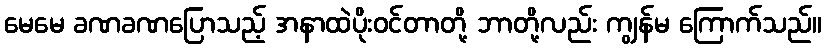
မေမေ ခဏခဏပြောသည့် အနာထဲပိုးဝင်တာတို့ ဘာတို့လည်း ကျွန်မ ကြောက်သည်။